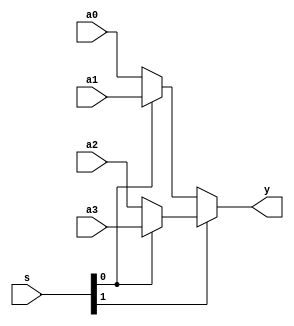
module mux4x32 (a0,a1,a2,a3,s,y);
    input  [31:0] a0,a1,a2,a3;
    input   [1:0] s;
    output [31:0] y;
    assign y = s[1] ? s[0] ? a3 : a2 : s[0] ? a1 : a0;
endmodule